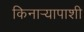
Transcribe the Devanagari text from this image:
किनाऱ्यापाशी